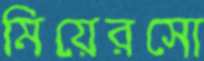
মিয়েরসো